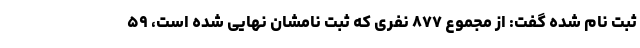
ثبت نام شده گفت: از مجموع ۸۷۷ نفری که ثبت نامشان نهایی شده است، ۵۹